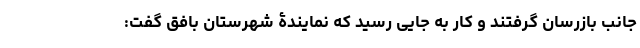
جانب بازرسان گرفتند و کار به جایی رسید که نمایندۀ شهرستان بافق گفت: